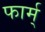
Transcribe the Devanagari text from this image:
फार्म्